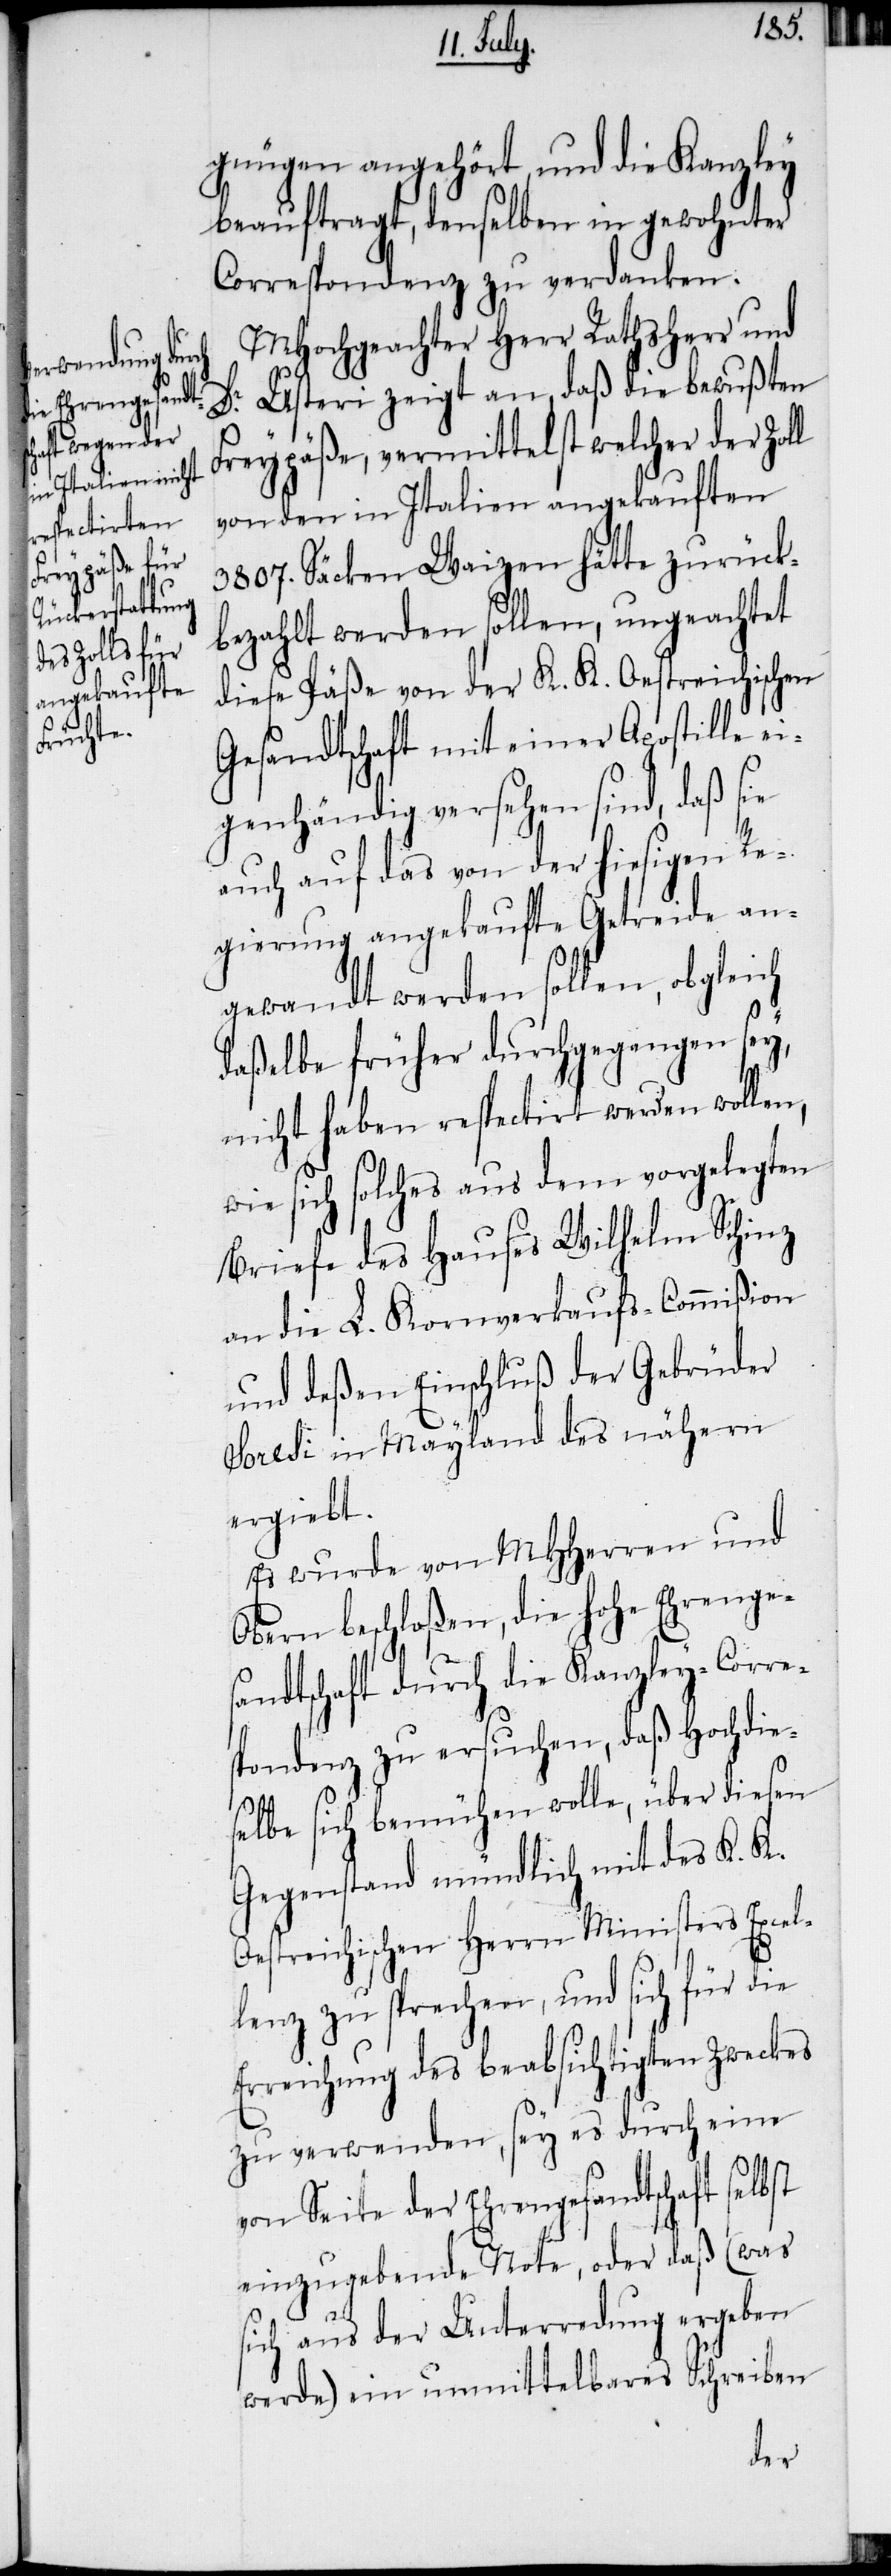
gnügen angehört, und die Kanzley
beauftragt, denselben in gewohnter
Correspondenz zu verdanken.
MHochgeachter Herr Rathsherr und
Dr. Usteri zeigt an, daß die bewußten
Freypäße, vermittelst welcher der Zoll
von den in Italien angekauften
3807. Säcken Waizen hätte zurück¬
bezahlt werden sollen, ungeachtet
diese Päße von der K. K. Oestreichischen
Gesandtschaft mit einer Apostille ei¬
genhändig versehen sind, daß sie
auch auf das von der hiesigen Re¬
gierung angekaufte Getreide an¬
gewandt werden sollen, obgleich
daßelbe früher durchgegangen sey,
nicht haben respectirt werden wollen,
wie sich solches aus dem vorgelegten
Briefe des Hauses Wilhelm Schinz
an die L. Kornverkaufs-Commißion
und deßen Einschluß der Gebrüder
Soresi in Mayland des nähern
ergiebt.
Es wurde von MHHerren und
Obern beschloßen, die hohe Ehrenges¬
andtschaft durch die Kanzley-Corre¬
spondenz zu ersuchen, daß Hochdie¬
selbe sich bemühen wolle, über diesen
Gegenstand mündlich mit des K. K.
Oestreichischen Herrn Ministers Excel¬
lenz zu sprechen, und sich für
Erreichung des beabsichtigten Zweckes
zu verwenden, sey es durch eine
von Seite der Ehrengesandtschaft
einzugebende Note, oder daß (was
sich aus der Unterredung ergeben
werde) ein unmittelbares Schreiben